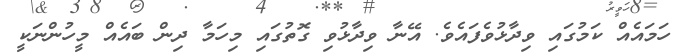
ހަމައެއް ކަމުގައި ވިދާޅުވެފައެވެ. އޭނާ ވިދާޅުވި ގޮތުގައި މިހަމާ ދިން ބައެއް މީހުންނަކީ